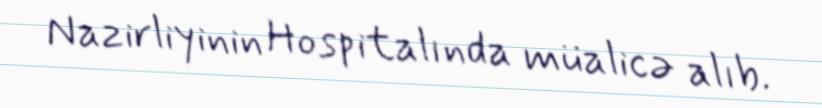
Nazirliyinin Hospitalında müalicə alıb.